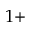
1 +